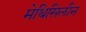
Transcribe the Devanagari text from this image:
मेथिसिलीन